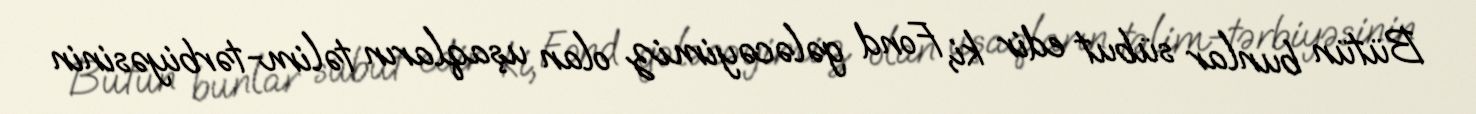
Bütün bunlar sübut edir ki, Fond gələcəyimiz olan uşaqların təlim-tərbiyəsinin